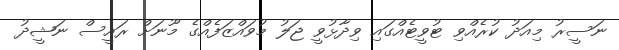
ނަސީރު މިއަދު ކުރެއްވި ޓުވީޓެއްގައި ވިދާޅުވީ ޖަލު މުވައްޒަފެއްގެ މޫނަށް ރައީސް ނަޝީދު